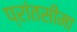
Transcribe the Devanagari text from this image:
प्रांतसीमा